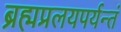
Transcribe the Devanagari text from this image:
ब्रह्मप्रलयपर्यन्तं